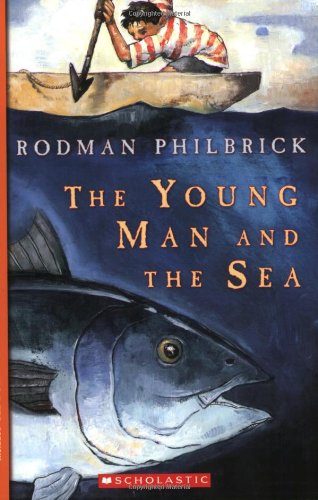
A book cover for The Young Man and the Sea; GREAT SOURCE; Children's Books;